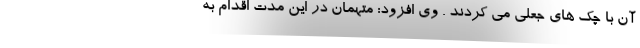
آن با چک های جعلی می کردند . وی افزود: متهمان در این مدت اقدام به